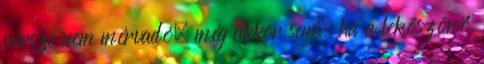
persze nem mérvadó, még akkor sem, ha a leköszönő